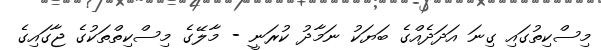
މިސްކިތުގައި ގިނަ އަދަދެއްގެ ބަޔަކު ނަމާދު ކުރަނީ - މާލޭގެ މިސްކިތްތަކުގެ ޖާގައިގެ